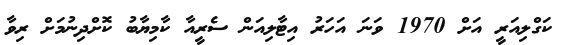
ކަގްލިއަރީ އަށް 1970 ވަނަ އަހަރު އިޓާލިއަން ސެރީއާ ކާމިޔާބު ކޮށްދިނުމަށް ރިވާ